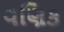
વણિક